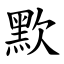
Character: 㱄